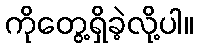
ကိုတွေ့ရှိခဲ့လို့ပါ။